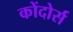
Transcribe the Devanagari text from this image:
कोंदोर्स